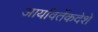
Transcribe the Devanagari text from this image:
आर्यावर्तेकदेशे